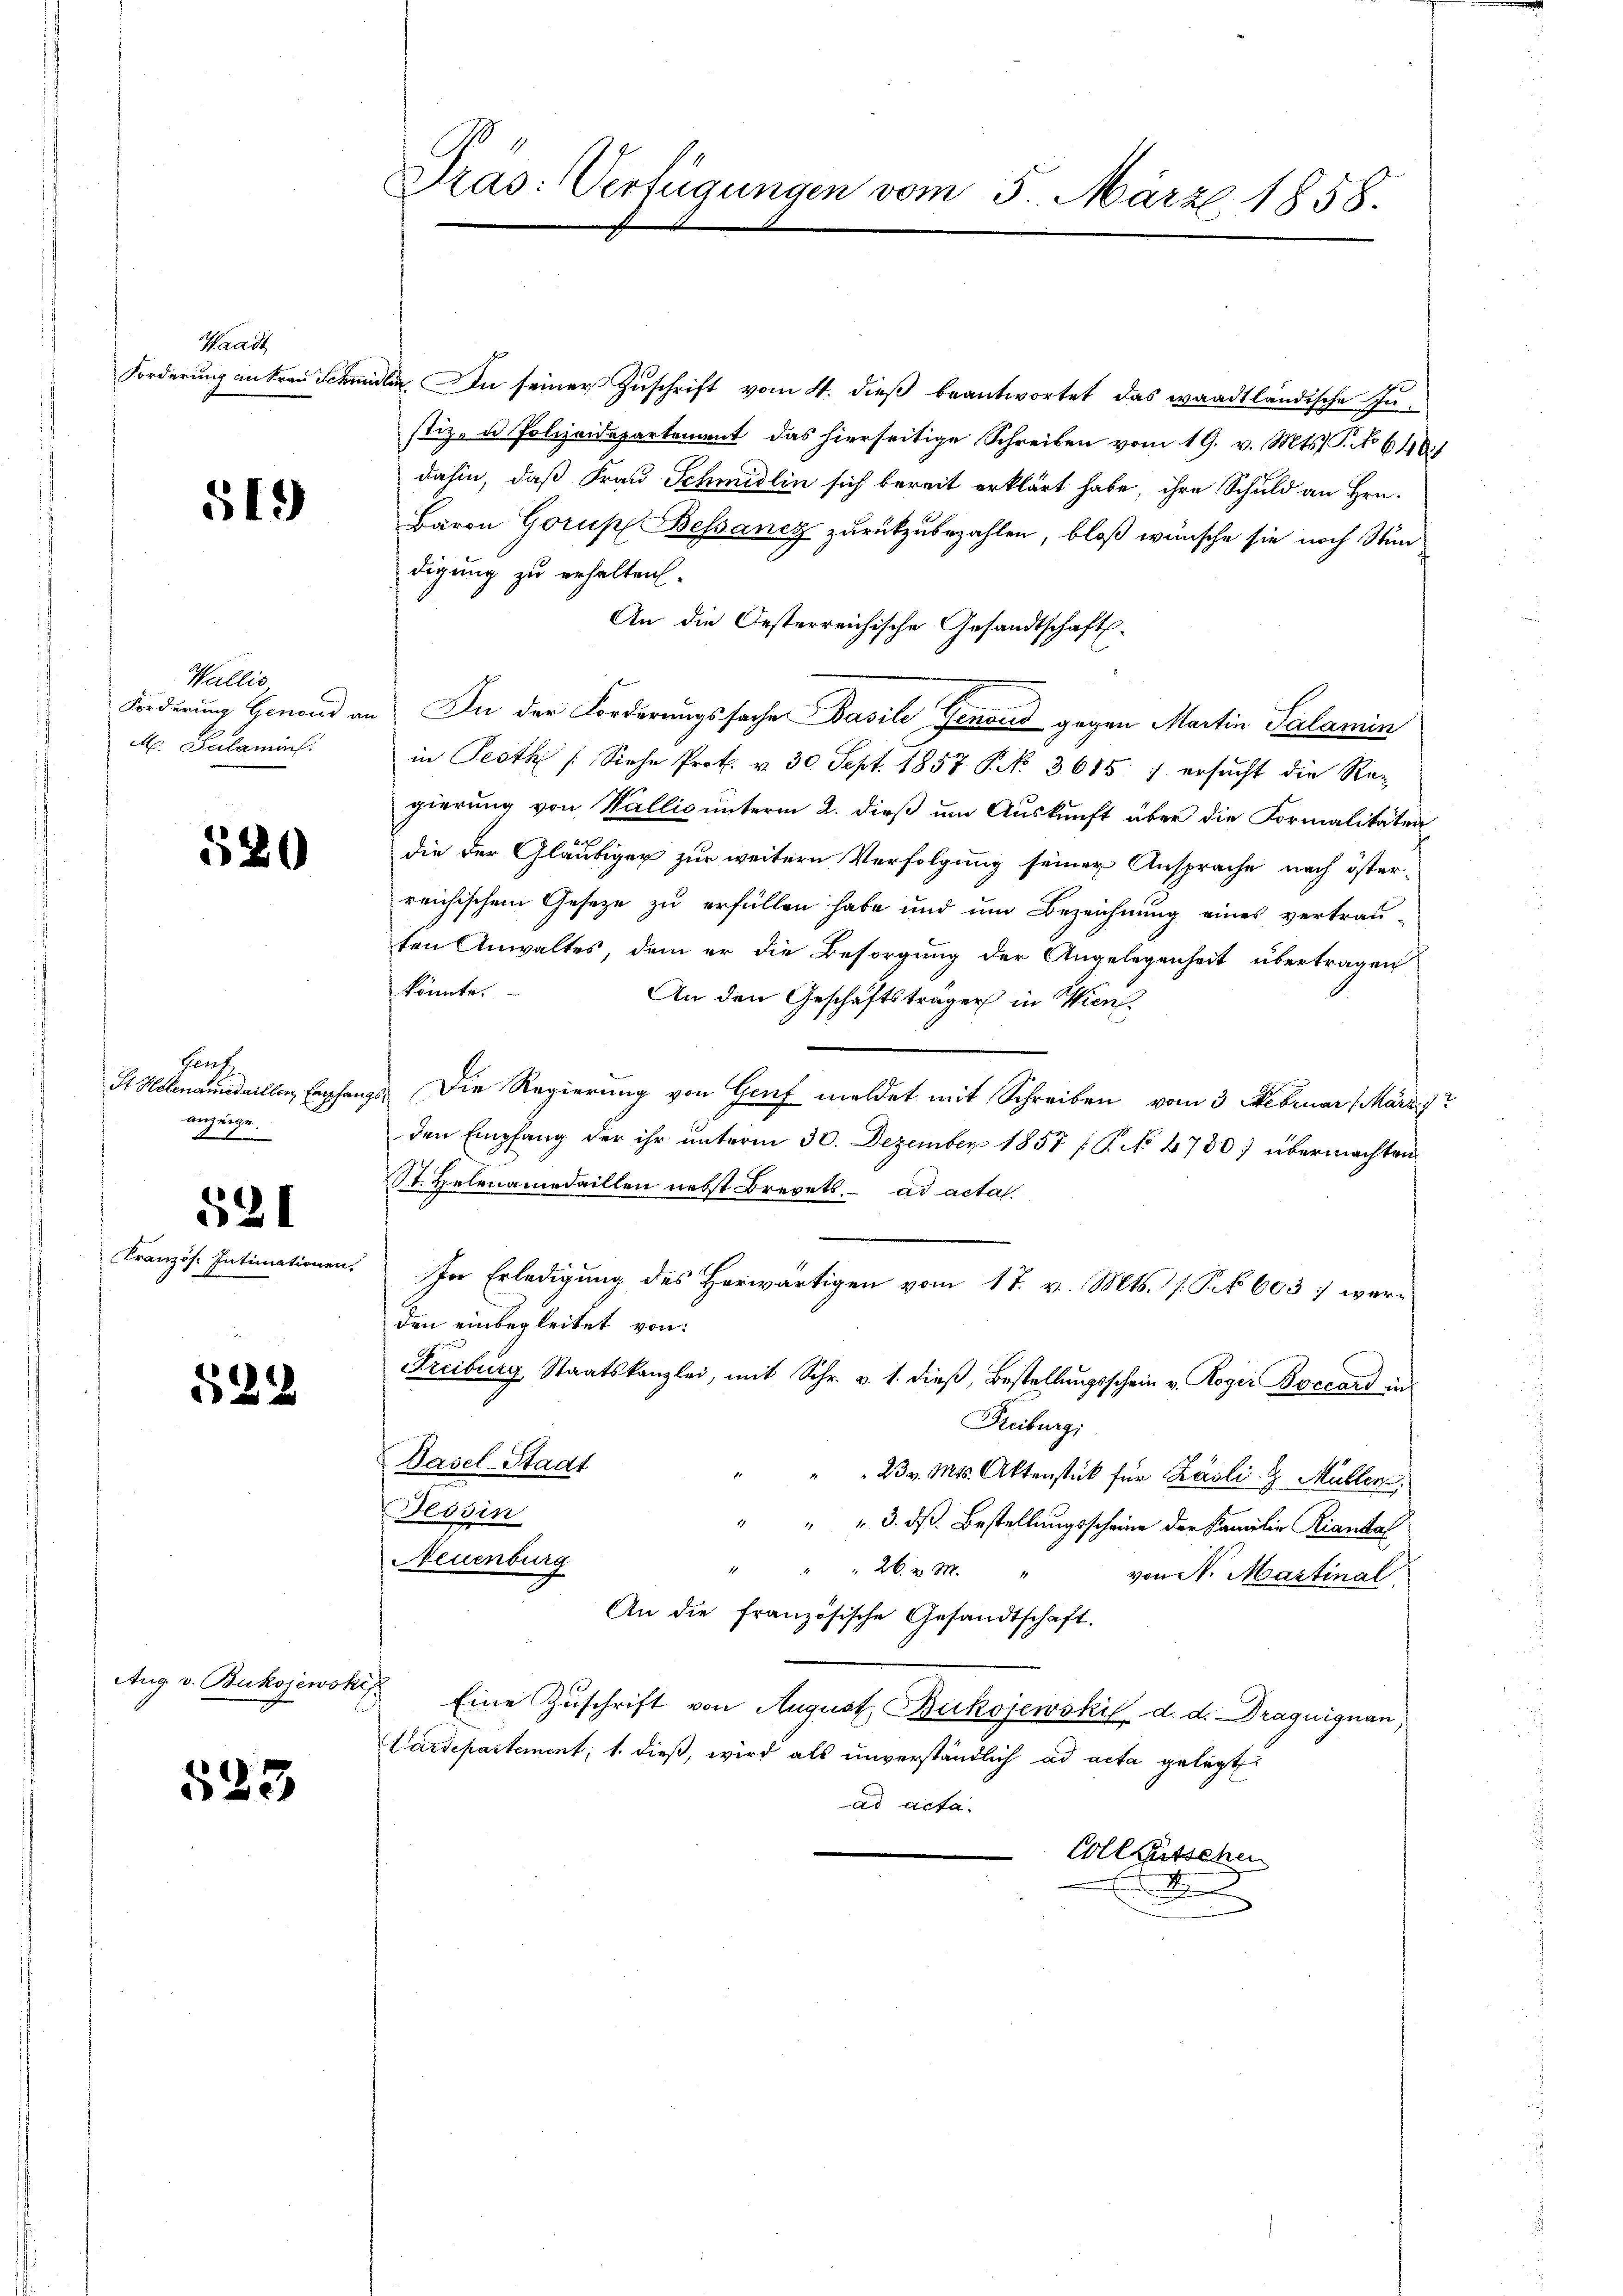
Waadt
Forderung an Frau Schrei

519)

Wallis
Forderung Genoud an
M. Salamins.

520

Han
St Helenamedaillen, Empfen
anzeige
A 1

521

Französ. Intimationen

522

Aug v. Bukojewski,

523

Dras: Verfügungen vom 5. März 1858.

din. In seiner Zuschrift vom 4. dieß beantwortet das waadtländische In-
stiz- u Polizeidepartement das hierseitige Schreiben vom 19. v. Mts. T. No 646.)
dahin, daß Frau Schmidlin sich bereit erklärt habe, ihre Schuld an Hrn.
Baron Gorup Bessancz zurükzubezahlen, bloß wünsche sie noch Stun
digung zu erhalten.
An die Oesterreichische Gesandtschaft.
In der Forderungssache Basili Genand gegen Martin Salamin
in Pesth (Siehe Prok. v. 30. Sept. 1857 Frk. 3615: ersucht die Re-
gierung von Wallis unterm 2. dieß um Auskunft über die Formalitäten
die der Gläubiger zur weitern Verfolgung seiner Ansprache nach österreichischem Geseze zu erfüllen habe und um Bezeichnung eines vertrauten Anwaltes, dem er die Besorgung der Angelegenheit übertragen
könnte.
An den Geschäftsträger in Wien.
 Die Regierung von Garf meldet mit Schreiben vom 3. Februar Marzi
den Empfang der ihr unterm 30. Dezember 1857 (P No 4700 übermachten
St. Helenamedaillen nebst Brevets ad acta.
In Erledigung des Herwärtigen vom 17. v. Mts. f. P. Nr. 603 : werden einbegleitet von:
Freiburg Staatskanzlei, mit Schr. v. 1. dieβ, Bestellŭngsschein v. Rogir Boccard in
Freiburgi
Dasel-Stadt
" " 23 v. Mts. Aktenstück für Käsli. G. Müller
Tessin
" " " 3. ds Bestellungsscheine der Familie Rianstal
Neuenburg
.
 26. v. M. " von N. Martinal
An die französische Gesandtschaft.
i
Eine Zuschrift von August Bukojewski d. d. Draquignan
Cardepartement, 1. dieß, wird als unverständlich ad acta gelegt
ad acta.
Colletschen
x